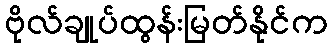
ဗိုလ်ချုပ်ထွန်းမြတ်နိုင်က